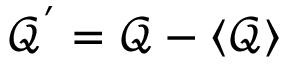
\mathcal { Q } ^ { ' } = \mathcal { Q } - \langle \mathcal { Q } \rangle